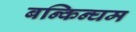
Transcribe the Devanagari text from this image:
बन्किन्घम